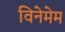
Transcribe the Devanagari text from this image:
विनेमेम